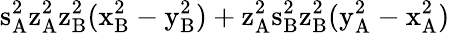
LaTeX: \mathrm{s_{A}^{2}\mathrm{z_{A}^{2}\mathrm{z_{B}^{2}(\mathrm{x_{B}^{2}-\mathrm{y_{B}^{2})+\mathrm{z_{A}^{2}\mathrm{s_{B}^{2}\mathrm{z_{B}^{2}(\mathrm{y_{A}^{2}-\mathrm{x_{A}^{2})}}}}}}}}}}